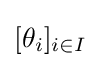
[\theta _{i}]_{i\in I}